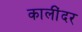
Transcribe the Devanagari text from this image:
कालींदर